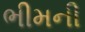
ભીમની